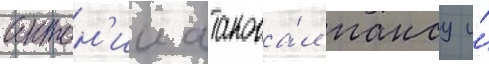
антон'ии атакова́л пансу и́